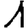
Digit: 1